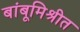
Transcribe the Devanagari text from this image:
बांबूमिश्रीत